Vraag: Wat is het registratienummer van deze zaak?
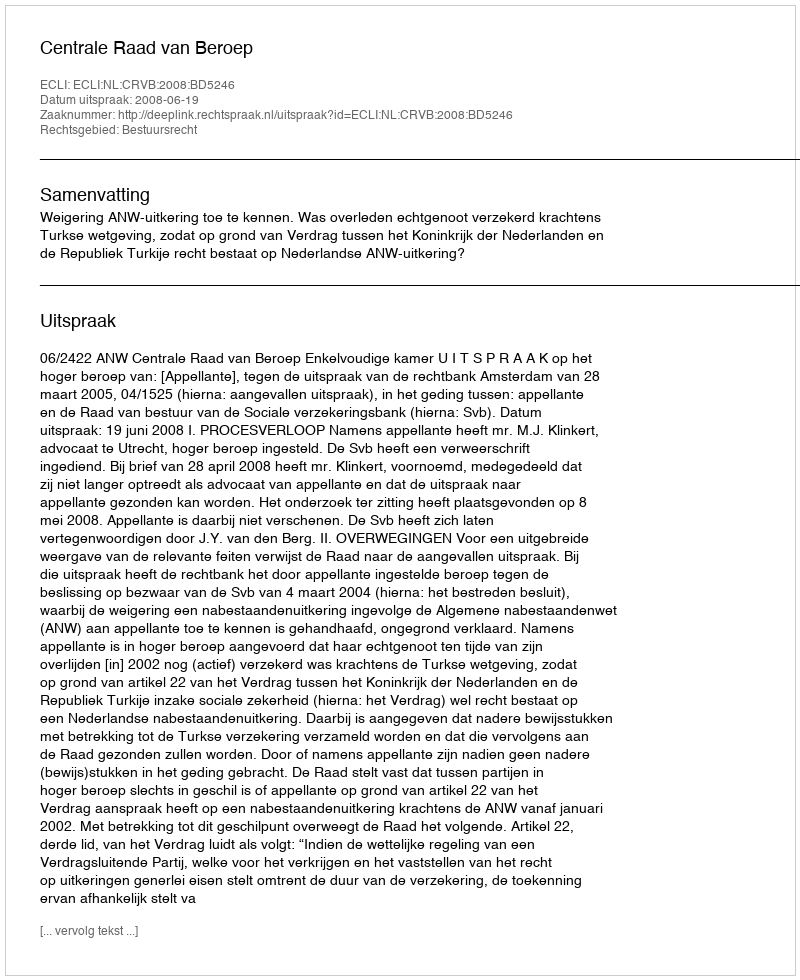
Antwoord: http://deeplink.rechtspraak.nl/uitspraak?id=ECLI:NL:CRVB:2008:BD5246